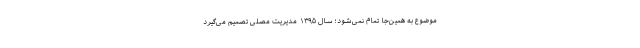
موضوع به همین‌جا تمام نمی‌شود؛ سال‌ ۱۳۹۵ مدیریت مصلی تصمیم می‌گیرد